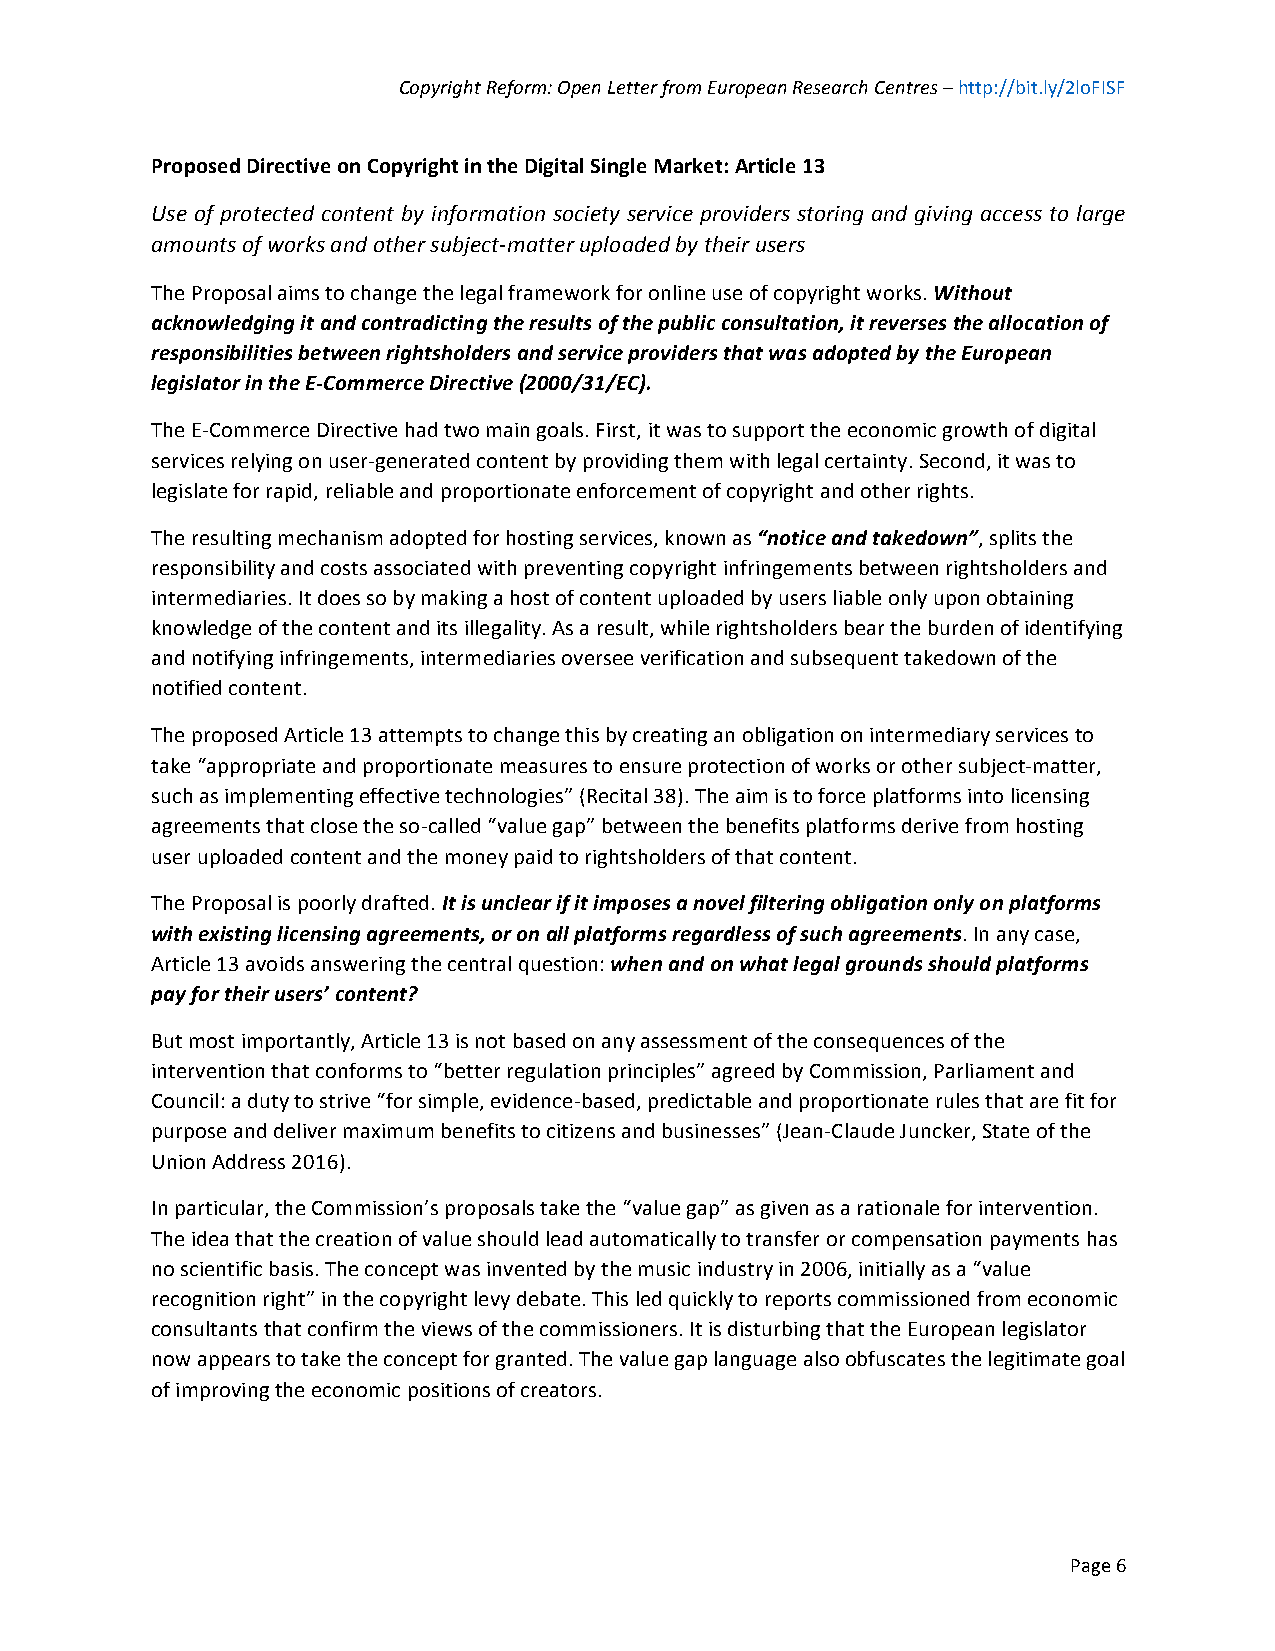
Copyright Reform: Open Letter from European Research Centres – http://bit.ly/2loFISF
 Proposed Directive on Copyright in the Digital Single Market: Article 13
 Use of protected content by information society service providers storing and giving access to large
 amounts of works and other subject-matter uploaded by their users
 The Proposal aims to change the legal framework for online use of copyright works. Without
 acknowledging it and contradicting the results of the public consultation, it reverses the allocation of
 responsibilities between rightsholders and service providers that was adopted by the European
 legislator in the E-Commerce Directive (2000/31/EC).
 The E-Commerce Directive had two main goals. First, it was to support the economic growth of digital
 services relying on user-generated content by providing them with legal certainty. Second, it was to
 legislate for rapid, reliable and proportionate enforcement of copyright and other rights.
 The resulting mechanism adopted for hosting services, known as “notice and takedown”, splits the
 responsibility and costs associated with preventing copyright infringements between rightsholders and
 intermediaries. It does so by making a host of content uploaded by users liable only upon obtaining
 knowledge of the content and its illegality. As a result, while rightsholders bear the burden of identifying
 and notifying infringements, intermediaries oversee verification and subsequent takedown of the
 notified content.
 The proposed Article 13 attempts to change this by creating an obligation on intermediary services to
 take “appropriate and proportionate measures to ensure protection of works or other subject-matter,
 such as implementing effective technologies” (Recital 38). The aim is to force platforms into licensing
 agreements that close the so-called “value gap” between the benefits platforms derive from hosting
 user uploaded content and the money paid to rightsholders of that content.
 The Proposal is poorly drafted. It is unclear if it imposes a novel filtering obligation only on platforms
 with existing licensing agreements, or on all platforms regardless of such agreements. In any case,
 Article 13 avoids answering the central question: when and on what legal grounds should platforms
 pay for their users’ content?
 But most importantly, Article 13 is not based on any assessment of the consequences of the
 intervention that conforms to “better regulation principles” agreed by Commission, Parliament and
 Council: a duty to strive “for simple, evidence-based, predictable and proportionate rules that are fit for
 purpose and deliver maximum benefits to citizens and businesses” (Jean-Claude Juncker, State of the
 Union Address 2016).
 In particular, the Commission’s proposals take the “value gap” as given as a rationale for intervention.
 The idea that the creation of value should lead automatically to transfer or compensation payments has
 no scientific basis. The concept was invented by the music industry in 2006, initially as a “value
 recognition right” in the copyright levy debate. This led quickly to reports commissioned from economic
 consultants that confirm the views of the commissioners. It is disturbing that the European legislator
 now appears to take the concept for granted. The value gap language also obfuscates the legitimate goal
 of improving the economic positions of creators.
 Page 6